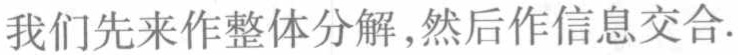
我们先来作整体分解,然后作信息交合.